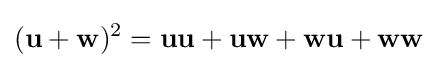
(\mathbf {u} +\mathbf {w} )^{2}=\mathbf {u} \mathbf {u} +\mathbf {u} \mathbf {w} +\mathbf {w} \mathbf {u} +\mathbf {w} \mathbf {w}